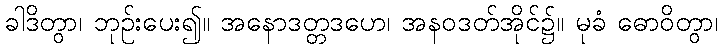
ခါဒိတွာ၊ ဘုဉ်းပေး၍။ အနောဒတ္တဒဟေ၊ အနဝဒတ်အိုင်၌။ မုခံ ဓောဝိတွာ၊